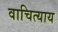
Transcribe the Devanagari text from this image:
वाचित्याय